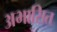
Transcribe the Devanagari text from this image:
अभासित